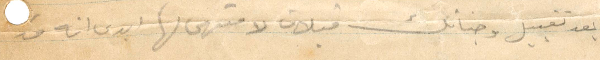
بعد تقبيل وجناتك قبلات لا منتهى لها ابدى انه قد